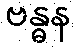
ဗန္ဓန